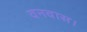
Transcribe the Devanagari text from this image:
वनवास।